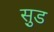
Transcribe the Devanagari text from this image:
सु़ड